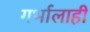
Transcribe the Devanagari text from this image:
गर्भालाही